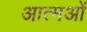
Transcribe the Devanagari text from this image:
आत्मओं